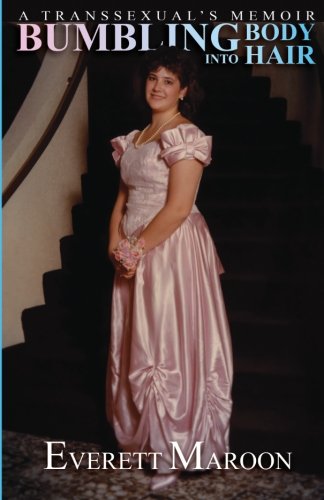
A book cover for Bumbling Into Body Hair: A Transsexual's Memoir; Everett Maroon; Gay & Lesbian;